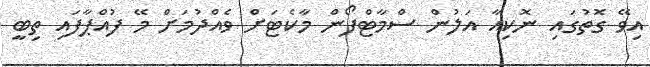
އިވޭ ގޮތުގައި ނޮކިއާ އަލުން ސްމާޓްފޯން މާކެޓަށް ވެއްދުމަށް މޭ ފުއްޕާފައި ތިބީ